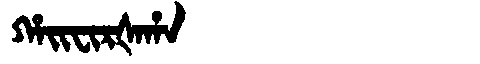
Manchu: ᡥᠠᡳᠸᡳᡵᡧᠠᡥᠠ
Romanization: HAIFIRŠAHA